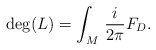
\begin{align*} \deg(L)=\int_M\,\frac i{2\pi}F_D.\end{align*}